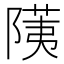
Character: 𬯐